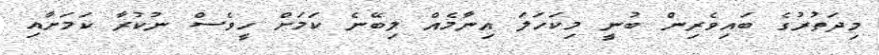
މިދަތުރުގެ ބައިވެރިން ބުނީ މިކަހަލަ އިނާމެއް ލިބޭނެ ކަމަށް ހީވެސް ނުކުރާ ކަމަށާއި